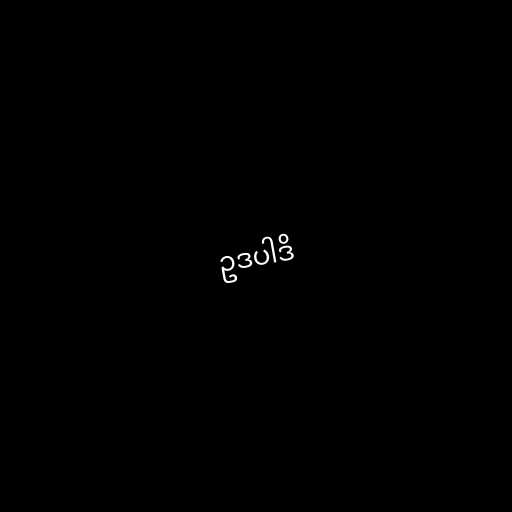
ဥဒပါဒိ